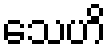
သေဟိ